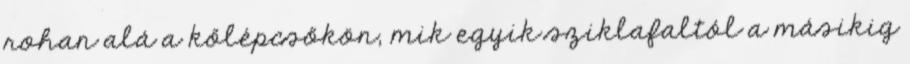
rohan alá a kőlépcsőkön, mik egyik sziklafaltól a másikig